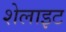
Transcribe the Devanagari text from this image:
शेलाइट